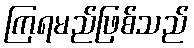
ကြရမည်ဖြစ်သည်